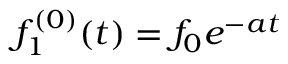
f _ { 1 } ^ { ( 0 ) } ( t ) = f _ { 0 } e ^ { - a t }